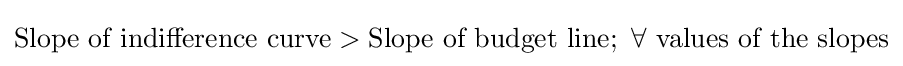
{\text{Slope of indifference curve}}>{\text{Slope of budget line}};\ \forall {\text{ values of the slopes}}